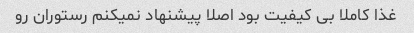
غذا کاملا بی کیفیت بود اصلا پیشنهاد نمیکنم رستوران رو